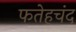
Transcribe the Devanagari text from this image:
फतेहचंद